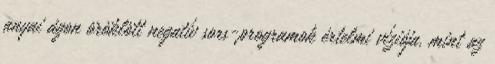
anyai ágon öröklött negatív sors-programok értelmi víziója, mint az